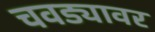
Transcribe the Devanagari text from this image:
चवड्यावर